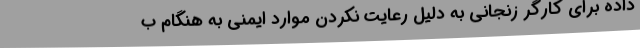
داده برای کارگر زنجانی به دلیل رعایت نکردن موارد ایمنی به هنگام ب